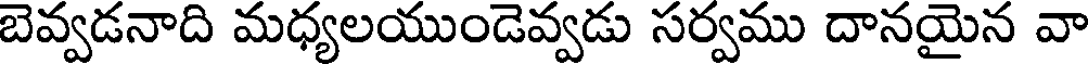
బెవ్వడనాది మధ్యలయుండెవ్వడు సర్వము దానయైన వా